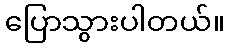
ပြောသွားပါတယ်။